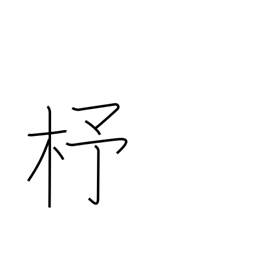
Meaning: shuttle